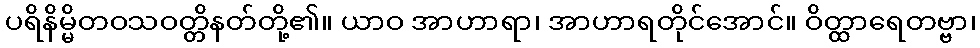
ပရိနိမ္မိတဝသဝတ္တိနတ်တို့၏။ ယာဝ အာဟာရာ၊ အာဟာရတိုင်အောင်။ ဝိတ္ထာရေတဗ္ဗာ၊